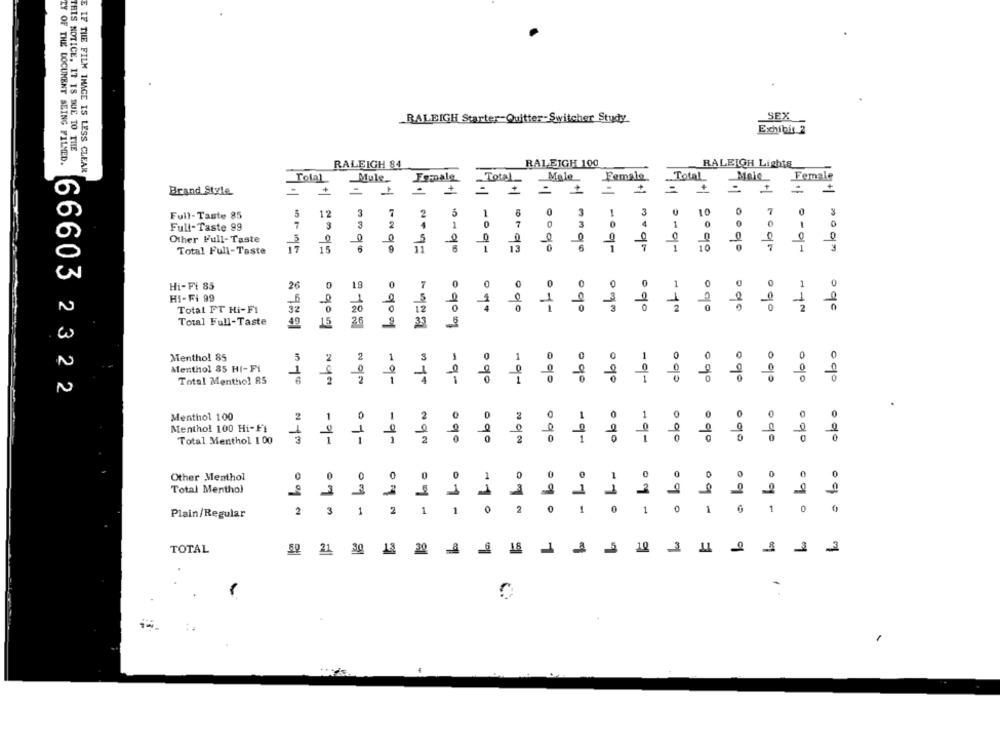
RALEIGH Starter-Quitter-Switcher Study.
SEX
Exhibit 2
THIS NOTICE. 17 18 DUE TO THE
TY OF THE DOCUMENT SEING FILMED.
RALEIGH 84
RALEIGH 100
RALEIGH Lights
E IF THE FILM IMAGE IS LESS CLEAR
Tolal
Mule_
Female
Total
Male
Female
Total
Meie
Female
4
+
Brand Style
1
.
+
-
1
+
3
3
10
7
0
Full-Taste 85
3
4
12
3
7
2
1
8
0
-
3
2
1
7
0
3
1
0
-
Full-Taste 99
Other Full-Taste
0
0
0
9
13
6
2
1
10
1
Total Full-Taste
Hi-Fi 85
26
0
19
0
7
HI-Fi 99
2
32
0
1
090
090
1
000
1
oge
Total FT Hi-FI
20
000
og0
Total Full-Taste
49
15
26
2
Menthol 85
5
0
Menthol 85 HI-FI
Total Menthol 85
000
-9-
000
000
-01-
000
000
000
000
000
ogo
66603 2322
00001 -9-
0900 -q-
.
Menthol 100
2
1
0
0
Menthol 100 Hi-Fi
Total Menthol 1 00
N 100
-9-
07-
-9-
0900
090
090
20 000
090
-9-
090
-9-
090
090
000
09o
obo
Other Menthol
0
0
0
1
0
0
0
1
0
0
Total Menthol
1
1
1
1
1
07
3
2
3
1
2
1
1
2
0
090
0
-1º
1
1
eq0
Plain/Regular
09-
TOTAL
82 21
30
20
18
1
10
2
1
1